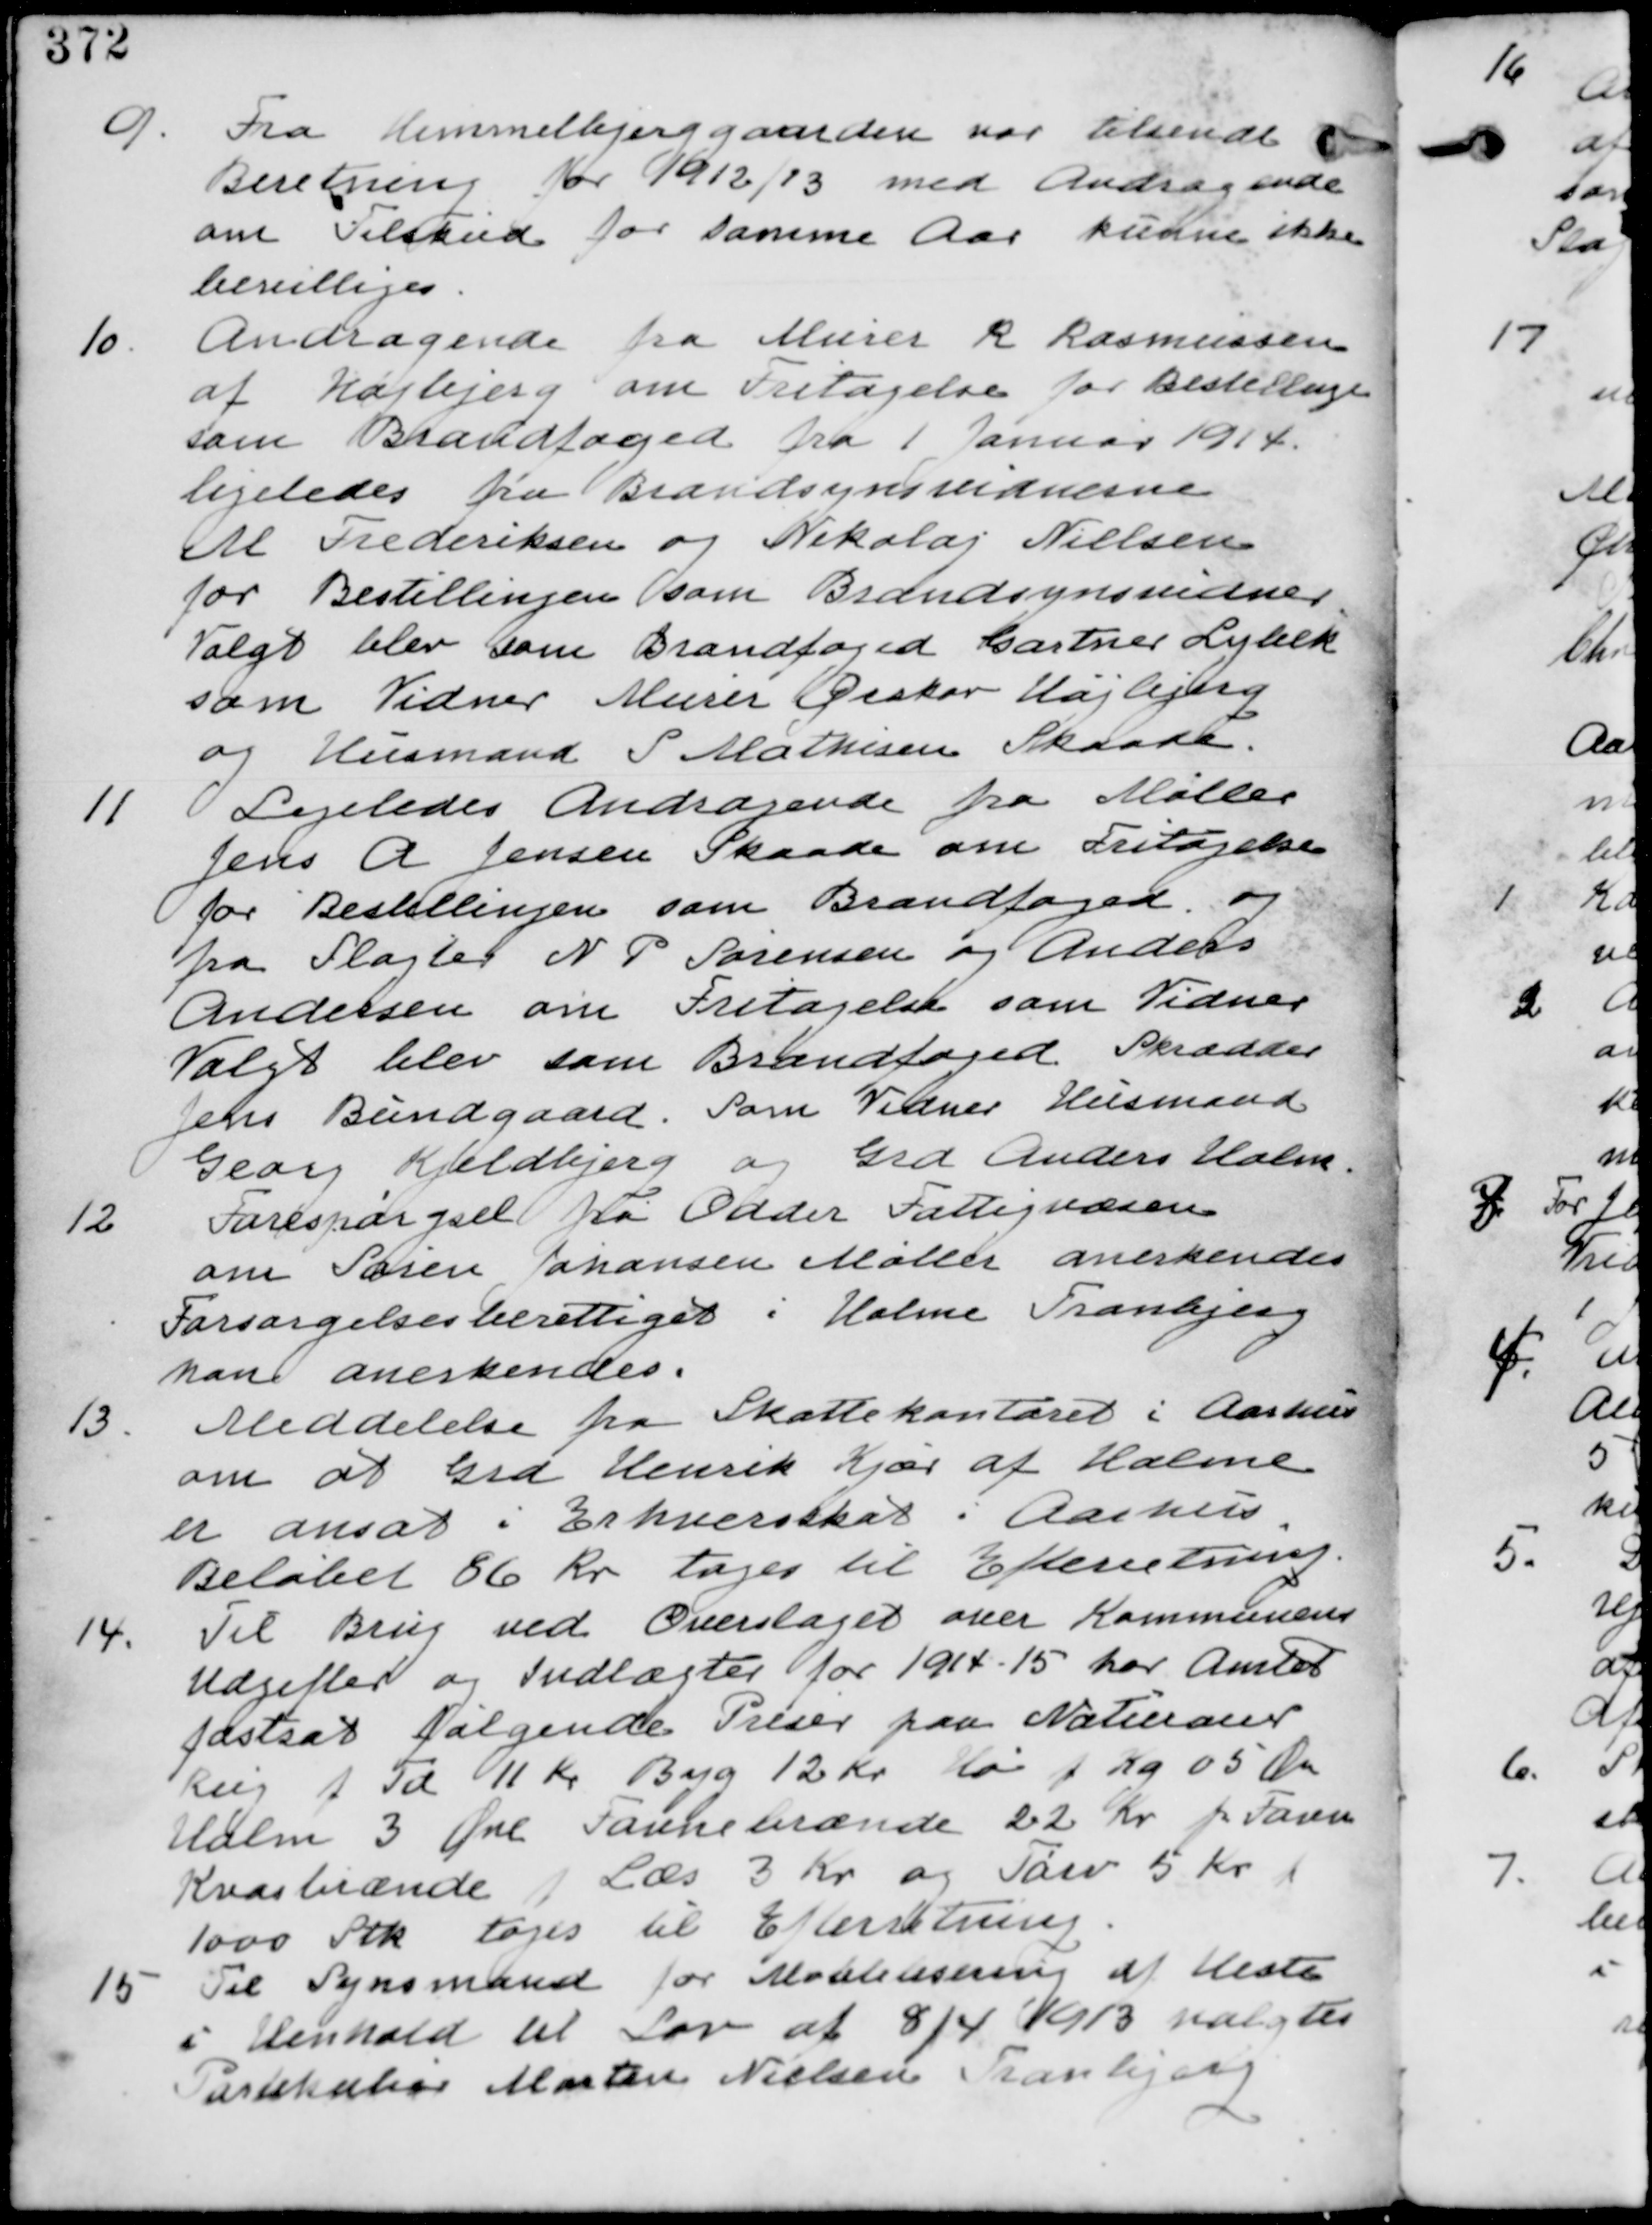
Transskription:
9. Fra Himmelbjerggaarden var tilsendt
Beretning for 1912/13 med andragende
om Tilskud for samme Aar kunne ikke
bevilliges.

10. Andragende fra Murer R. Rasmussen
af Højbjerg om Fritagelse for Bestillingen
som Brandfoged fra 1. Januar 1914.
ligeledes fra Brandsynsvidnerne
M Frederiksen og Nikolaj Nielsen
for Bestillingen som Bramdsynsvidner
Valgt blev som Brandfoged Gartner Lybek
som Vidner Murer Geskov Højbjerg
og Husmand S Mathisen Skaade

11. Ligeledes Andragende fra Møller
Jens A Jensen Skaade om Fritagelse
for Bestillingen som Brandfoged og
fra Slagter N P Sørensen og Andreas
Andersen om fritagelse som Vidner
Valgt blev som Brandfoged Skrædder
Jens Bundgaard.Som Vidner Husmand
Georg Kjeldbjerg og Grd Anders Holm

12 Forespørgsel fra Odder Fattigvæsen
om Søren Johansen Møller anerkendes
Forsorgsberettiget i Holme Tranbjerg
kan anerkendes.

13. Meddelelse fra Skattekontoret i Aarhus
om at Grd Henrik Kjær af Holme
er ansat i Erhvervsskat i Aarhus.
Beløbet 86 Kr tages til Efterretning.

14. Til brug ved Overslaget over Kommunens
Udgifter og Indtægter for 1914/15 har Amtet
fastsat følgende Priser paa Materialer
Rug p Td 11 Kr Byg 12 Kr Hø p Kg 05 Øre
Halm 3 Øre Favnebrænde 22 Kr pr Favn
Kvasbrænde p Læs 3 Kr og Tørv 5 Kr p
1000 Stk tages til Efterretning.

15 Til Synsmand for Moblilisering af Heste
i Henhold til Lav af 8/4 1913 valgtes
Partekukiar Morten Nielsen Tranbjerg